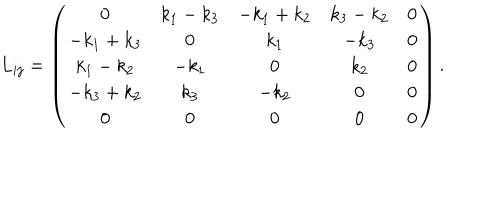
L _ { i j } = \left( \begin{array} { c c c c c } { { 0 } } & { { k _ { 1 } - k _ { 3 } } } & { { - k _ { 1 } + k _ { 2 } } } & { { k _ { 3 } - k _ { 2 } } } & { { 0 } } \\ { { - k _ { 1 } + k _ { 3 } } } & { { 0 } } & { { k _ { 1 } } } & { { - k _ { 3 } } } & { { 0 } } \\ { { k _ { 1 } - k _ { 2 } } } & { { - k _ { 1 } } } & { { 0 } } & { { k _ { 2 } } } & { { 0 } } \\ { { - k _ { 3 } + k _ { 2 } } } & { { k _ { 3 } } } & { { - k _ { 2 } } } & { { 0 } } & { { 0 } } \\ { { 0 } } & { { 0 } } & { { 0 } } & { { 0 } } & { { 0 } } \\ \end{array} \right) .